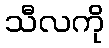
သီလကို